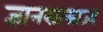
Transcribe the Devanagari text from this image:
ज्ञानसाम्राज्य